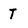
Character: T